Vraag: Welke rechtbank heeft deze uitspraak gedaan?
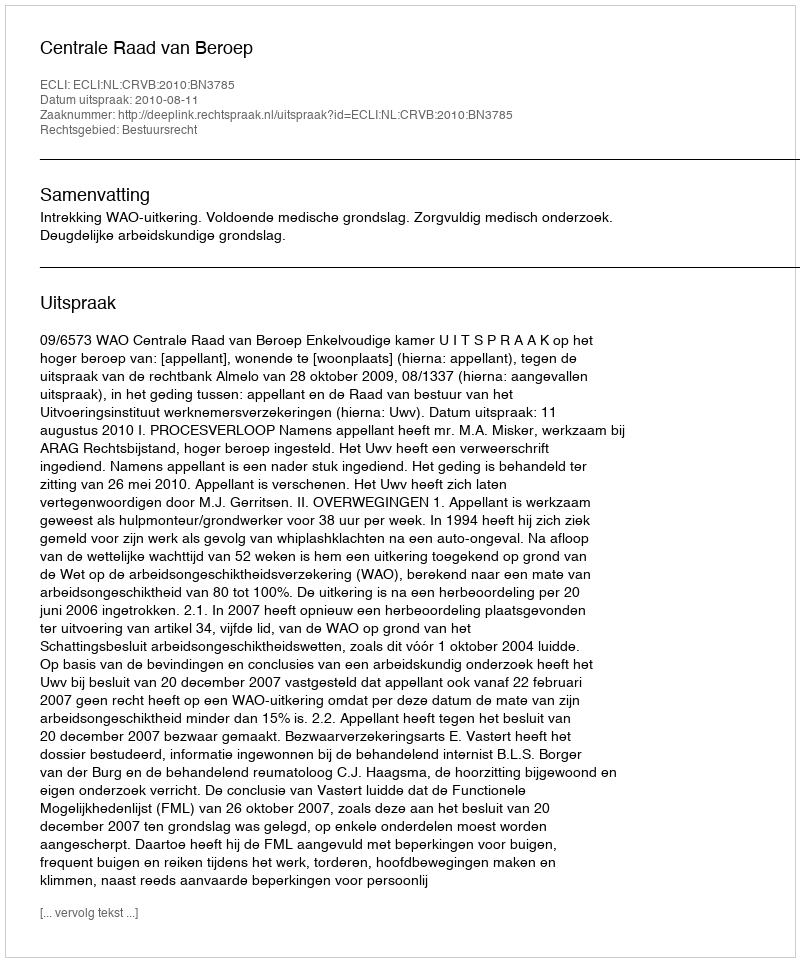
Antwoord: Centrale Raad van Beroep